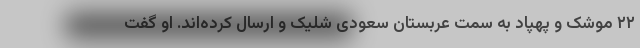
۲۲ موشک و پهپاد به سمت عربستان سعودی شلیک و ارسال کرده‌اند. او گفت